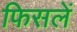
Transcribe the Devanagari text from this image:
फिसलें